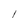
Character: 1